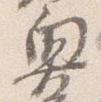
奥